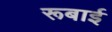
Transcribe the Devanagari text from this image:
रूबाई